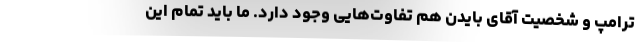
ترامپ و شخصیت آقای بایدن هم تفاوت‌هایی وجود دارد. ما باید تمام این